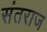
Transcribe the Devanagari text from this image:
संतराज